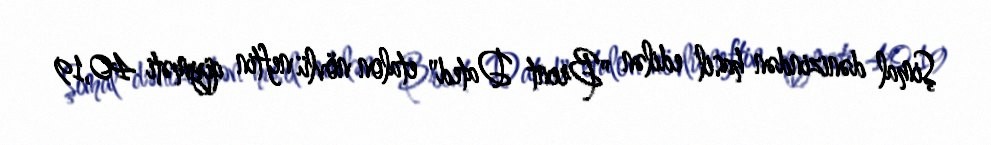
Şimal dənizindən hasil edilən "Brent Dated" etalon növlü neftin qiyməti 40,19